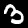
Label: 3